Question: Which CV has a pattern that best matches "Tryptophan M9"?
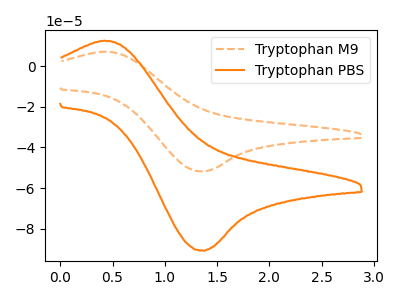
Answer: <think>The orange dashed curve "Tryptophan M9" has an anodic peak at (0.45V, 7.20uA) and a cathodic peak at (1.35V, -51.85uA). The orange curve "Tryptophan PBS" has an anodic peak at (0.45V, 12.60uA) and a cathodic peak at (1.35V, -90.90uA).
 All the peaks in "Tryptophan M9" have a peak in "Tryptophan PBS" at the same potential. Every peak in "Tryptophan M9" is lower than every peak in "Tryptophan PBS".</think>
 <answer>The CV with the most similar shape to "Tryptophan PBS" is "Tryptophan M9".</answer>
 <eval>"Tryptophan M9"</eval>